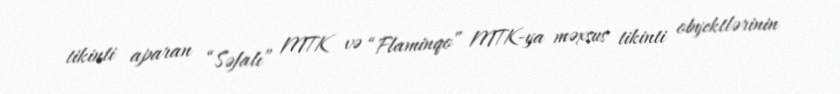
tikinti aparan “Səfalı” MTK və “Flaminqo” MTK-ya məxsus tikinti obyektlərinin